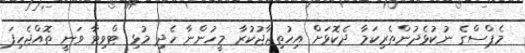
މެޕްސްގެ ނުކުޅެދުންތެރިކަމާ ދެކޮޅަށް އިހުތިޖާޖުކުރާ މީހުންނާ ހެދި މުޅި ޓްވިޓާ ވަނީ ތޮއްޖެހިފަ